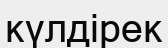
күлдірек